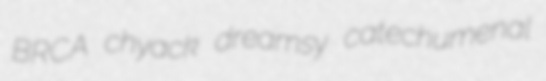
BRCA chyack dreamsy catechumenal